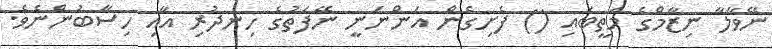
ނޭވާލާ ނިޒާމްގެ މަތީބައި () ފެށިގެން އަންނަނީ ނޭފަތުގެ ހިނދުރި އާއި ހިސާބުންނެވެ.